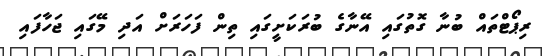
ރިޕޯޓްތައް ބުނާ ގޮތުގައި އޭނާގެ ބުރަކަށީގައި ތިން ފަހަރަށް އަދި މޭގައި ޖަހާފައި